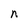
Character: n